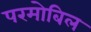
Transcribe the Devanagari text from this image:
परमोबिल